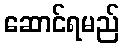
ဆောင်ရမည်